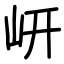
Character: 岍